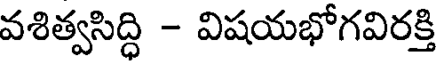
వశిత్వసిద్ధి - విషయభోగవిరక్తి